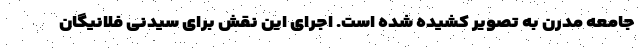
جامعه مدرن به تصویر کشیده شده است. اجرای این نقش برای سیدنی فلانیگان